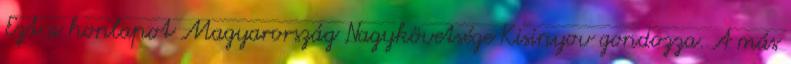
Ezt a honlapot Magyarország Nagykövetsége Kisinyov gondozza. A más